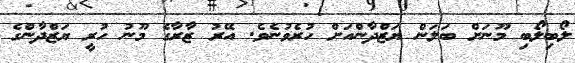
ލޯބިލޯބި މޫނަށް ބަލަން ޔަޒްދާންއަށް ހުރެވުނެވެ. އޭރު ޒާރާގެ މޫނު ހުރީ ޔަޒްދާންގެ